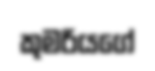
කුමරියගේ